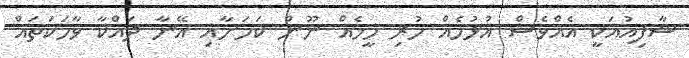
ޝާފިއުއަކީ އެއްވެސް އުޅުމެއް ހުރި މީހެއް ނޫން ކަމަށާއި އޭނާ ދައްކާ ވާހަކަތައް